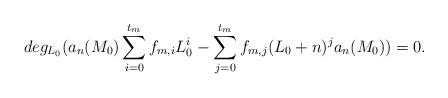
LaTeX: \begin{align*}deg_{L_0}(a_n(M_0)\sum\limits_{i=0}^{t_m}f_{m,i}L^i_0-\sum\limits_{j=0}^{t_m}f_{m,j} (L_0+n)^ja_n(M_0))=0.\end{align*}